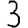
Digit: 3